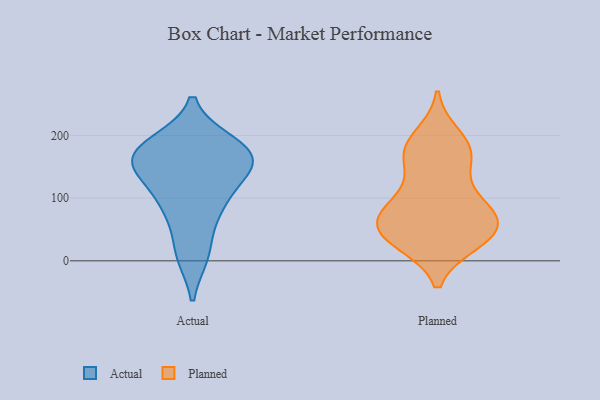
{"axis": {"x": "Production Output", "y": "Value"}, "legend": ["Actual", "Planned"], "data": [{"x": "", "y": 135, "type": "Actual"}, {"x": "", "y": 13, "type": "Actual"}, {"x": "", "y": 154, "type": "Actual"}, {"x": "", "y": 93, "type": "Actual"}, {"x": "", "y": 177, "type": "Actual"}, {"x": "", "y": 82, "type": "Actual"}, {"x": "", "y": 145, "type": "Actual"}, {"x": "", "y": 11, "type": "Actual"}, {"x": "", "y": 187, "type": "Actual"}, {"x": "", "y": 183, "type": "Actual"}, {"x": "", "y": 170, "type": "Actual"}, {"x": "", "y": 87, "type": "Actual"}, {"x": "", "y": 166, "type": "Actual"}, {"x": "", "y": 156, "type": "Actual"}, {"x": "", "y": 30, "type": "Planned"}, {"x": "", "y": 74, "type": "Planned"}, {"x": "", "y": 34, "type": "Planned"}, {"x": "", "y": 169, "type": "Planned"}, {"x": "", "y": 60, "type": "Planned"}, {"x": "", "y": 73, "type": "Planned"}, {"x": "", "y": 198, "type": "Planned"}, {"x": "", "y": 181, "type": "Planned"}, {"x": "", "y": 73, "type": "Planned"}, {"x": "", "y": 48, "type": "Planned"}, {"x": "", "y": 173, "type": "Planned"}, {"x": "", "y": 96, "type": "Planned"}, {"x": "", "y": 157, "type": "Planned"}, {"x": "", "y": 31, "type": "Planned"}, {"x": "", "y": 47, "type": "Planned"}, {"x": "", "y": 105, "type": "Planned"}]}